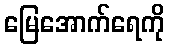
မြေအောက်ရေကို